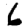
Digit: 6